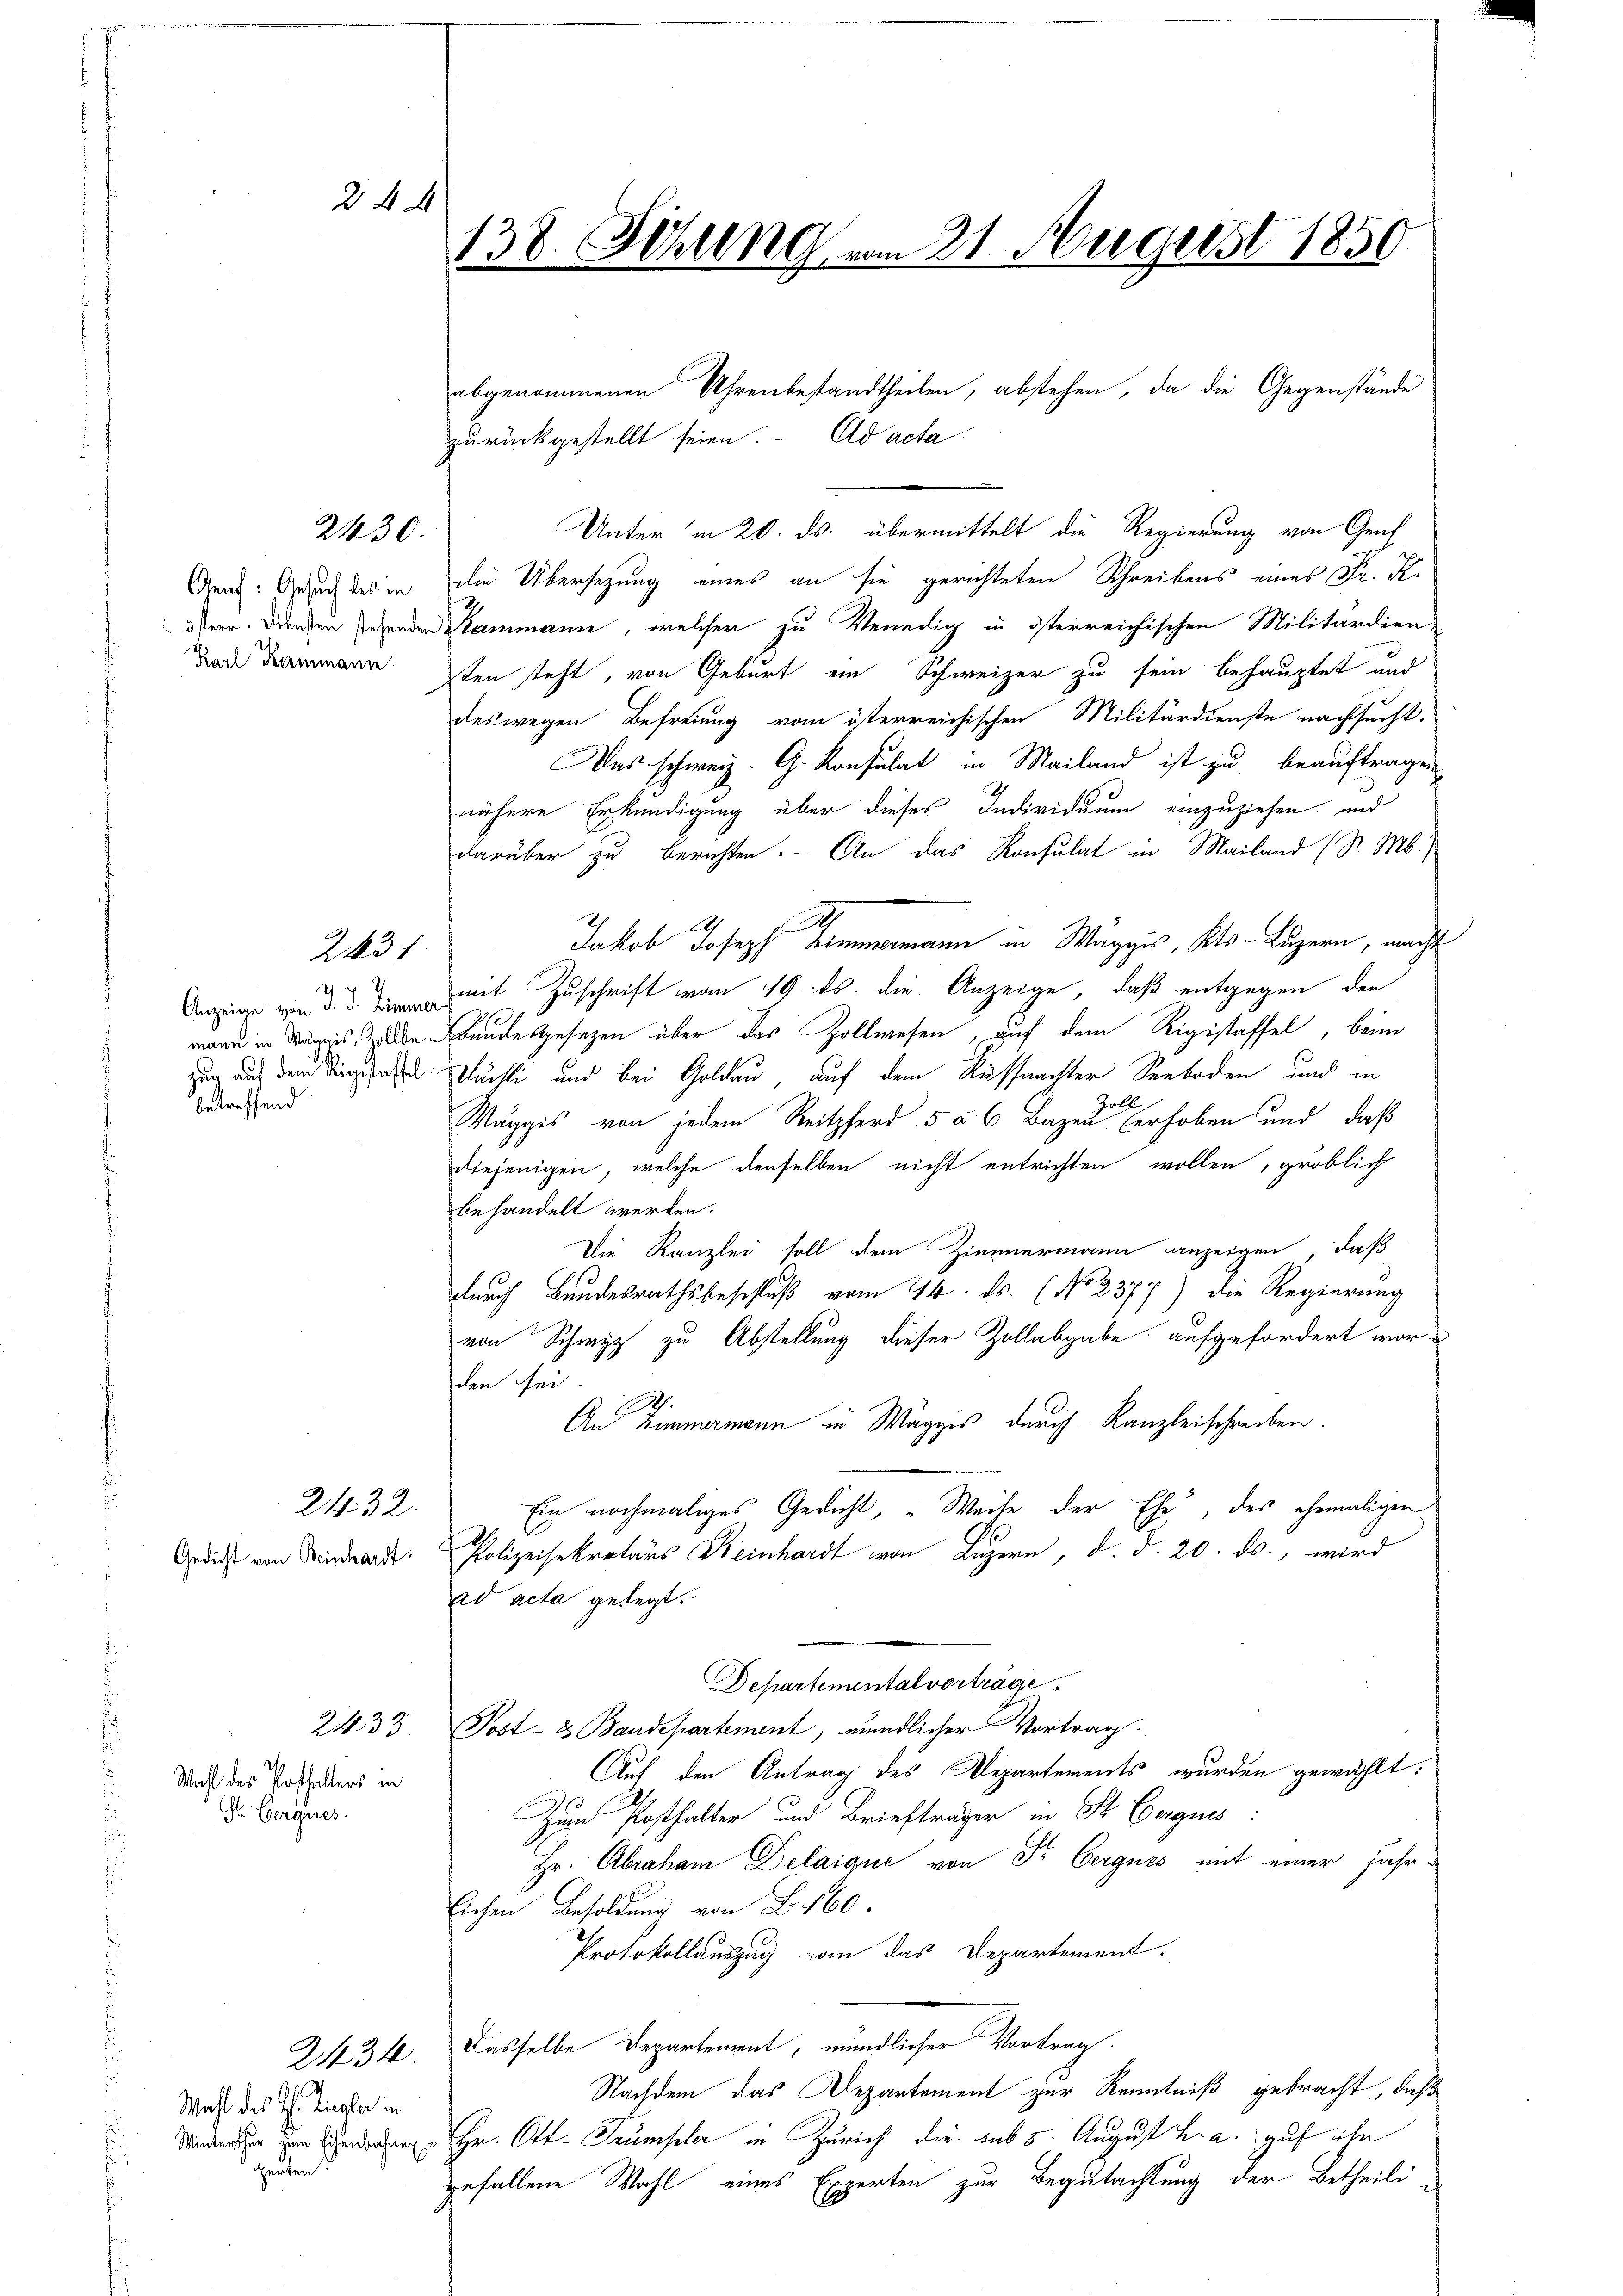
2430.

243

24

Aauf: Gesuch des in
3terr. Diensten stehenden
Karl Hammann.

2x
Anzeige von J. J. Zimmer
zug auf dem Sigestaffel:
betreffend

2432.
Gedicht von Reinhardt.

Wahl des Potthalters in
Gr. Berques.

2433

2434.
Wahl des H. Ziegler in
Winterthur zum Eisenbahnen
Herten

138. Sitzung vom 21. Augerst 1850

zurückgestellt seien. Ad acta
Unter in 20. ds. übermittelt die Regierung von Genf
die Übersetzung eines an sie gerichteten Schreibens eines Fr. K.
2
Mammann, welcher zu Venedig in österreichischen Militärdien-
ten steht, von Geburt ein Schweizer zu sein behauptet und
deswegen Befreiung vom österreichischen Militärdienste nachsucht.
Das schweiz. G. Konsulat in Mailand ist zu beauftragen
nähere Erkundigung über dieses Individuum einzuziehen und
darüber zu berichten. - An das Konsulat in Mailand (S. M.
A

Jakob Joseph Zimmermann in Waggis, Kts. Luzern, macht
mit Zuschrift vom 19. ds. die Anzeige, daß entgegen den
e
mann in Wägnis, ze Bundesgesetzen über das Zollwesen, auf dem Rigistaffel, beim
Dächli und bei Goldau auf dem Küssnachter Seeboden und in
Zoll
Waggis von jedem Reitpferd 5 à 6 Bazen erhoben und daß
diejenigen, welche denselben nicht entrichten wollen, gröblich
behandelt werden.
Die Kanzlei soll dem Zimmermann anzeigen, daß
durch Bundesrathsbeschluß vom 14. ds. (No 2377) die Regierung
von Schwyz zu Abstellung dieser Zollabgabe aufgefordert worden sei
h
An Zimmermann in Waggis durch Kanzleischreiben.
Ein nochmaliges Gedicht, „Weile der Ehe, das ehemaligen
Polizeisekretärs Beinhardt von Luzern, d. d. 20. ds., wird
ad acta gelegt.
Departementalverträge
Post- & Bandepartement, mündlicher Vortrag.
Auf den Antrag des Departements wurden gewählt:
Zum Posthalter und Briefträger in Sr Exequis:
Hr. Abraham Delaique von Fr. Bergues mit einer Jahr-
lichen Besoldung von F. 160
Protokollauszug von das Departement.
Dasselbe Departement, mündlicher Vortrag.
Nachdem das Departement zur Kenntniß gebracht, daß
Hr. Ott- Trümpler in Zürich die sub 5. August h. a. gut ihn
gefallene Wahl eines Experten zur Begutachtung der Betheili

abgenommenen Uhrenbestandtheilen, abstehen, da die Gegenstände